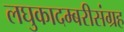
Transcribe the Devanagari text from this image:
लघुकादम्बरीसंग्रह